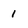
Character: l